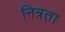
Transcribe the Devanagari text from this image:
नित्रता